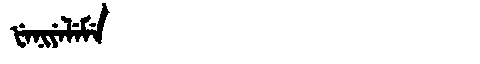
Manchu: ᡶᡝᠨᡳᠶᡝᠯᡝᠮᡝ
Romanization: FENIYELEME